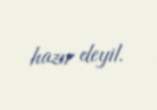
hazır deyil.